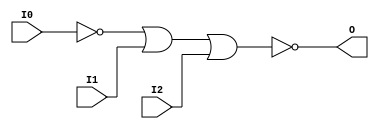
// $Header: /devl/xcs/repo/env/Databases/CAEInterfaces/xec_libs/data/unisims/NOR3B1.v,v 1.1 2005/05/10 01:20:06 wloo Exp $

/*

FUNCTION	: 3-INPUT NOR GATE

*/

`celldefine
`timescale  100 ps / 10 ps

module NOR3B1 (O, I0, I1, I2);

    output O;

    input  I0, I1, I2;

    not N0 (i0_inv, I0);
    nor O1 (O, i0_inv, I1, I2);

endmodule